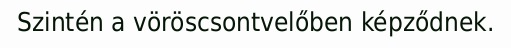
Szintén a vöröscsontvelőben képződnek.